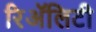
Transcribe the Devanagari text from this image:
रिअॅलिटी